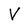
Character: V